Indian journal of veterinary science and animal husbandry - Volumes 15-17, 1948-1951
Year: 1948
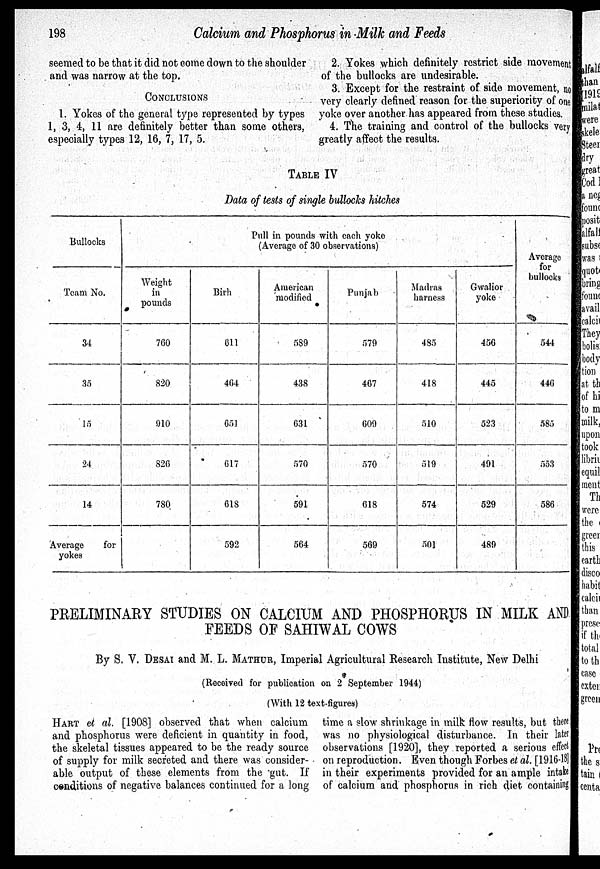
198
Calcium and Phosphorus in Milk and Feeds
seemed to be that it did not come down to the shoulder
and was narrow at the top.
CONCLUSIONS
1. Yokes of the general type represented by types
1, 3, 4, 11 are definitely better than some others,
especially types 12, 16, 7, 17, 5.
2. Yokes which definitely restrict side movement
of the bullocks are undesirable.
3. Except for the restraint of side movement, no
very clearly defined reason for the superiority of one
yoke over another has appeared from these studies.
4. The training and control of the bullocks very
greatly affect the results.
TABLE IV
Data of tests of single bullocks hitches
Bullocks
Team No.
34
35
15
24
14
Average
for
yokes
Pull in pounds with each yoke
(Average of 30 observations)
Weight
in
pounds
760
820
910
826
780
Birh
611
464
651
617
618
592
American
modified
589
438
631
570
591
564
Punjab
579
467
609
570
618
569
Madras
harness
485
418
510
519
574
501
Gwalior
yoke
456
445
523
491
529
489
Average
for
bullocks
544
446
585
553
586
PRELIMINARY STUDIES ON CALCIUM AND PHOSPHORUS IN MILK AND
FEEDS OF SAHIWAL COWS
By S. V. DESAI and M. L. MATHUR, Imperial Agricultural Research Institute, New Delhi
(Received for publication on 2 September 1944)
(With 12 text-figures)
HART et al. [1908] observed that when calcium
and phosphorus were deficient in quantity in food,
the skeletal tissues appeared to be the ready source
of supply for milk secreted and there was consider-
able output of these elements from the gut. If
conditions of negative balances continued for a long
time a slow shrinkage in milk flow results, but there
was no physiological disturbance. In their later
observations [1920], they reported a serious effect
on reproduction. Even though Forbes et al. [1916-18]
in their experiments provided for an ample intake
of calcium and phosphorus in rich diet containing